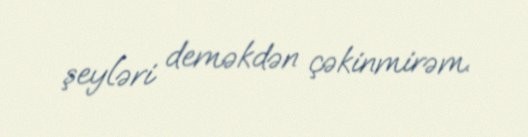
şeyləri deməkdən çəkinmirəm.